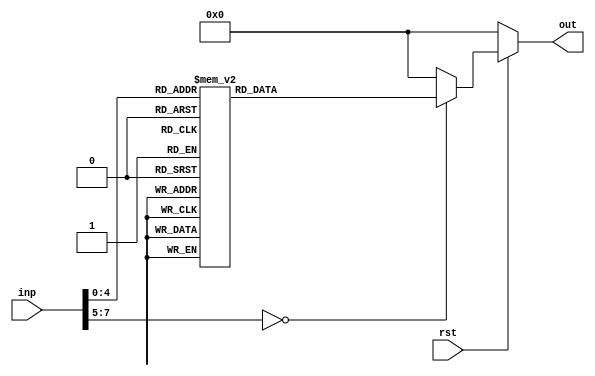
module ProcessInp(out, inp, rst);
input         [7:0]inp;
input              rst;
output        [7:0]out;
reg           [7:0]out;

always @(inp or rst)
begin
if(rst==0)
begin
out<=0;
end
else
begin
case(inp)
8'd1:out<=8'd0;
8'd2:out<=8'd8;
8'd3:out<=8'd16;
8'd4:out<=8'd24;
8'd5:out<=8'd32;
8'd6:out<=8'd40;
8'd7:out<=8'd48;
8'd8:out<=8'd56;
8'd9:out<=8'd64;
8'd10:out<=8'd72;
8'd11:out<=8'd80;
8'd12:out<=8'd88;
8'd13:out<=8'd96;
8'd14:out<=8'd104;
8'd15:out<=8'd112;
8'd16:out<=8'd120;
8'd17:out<=8'd128;
8'd18:out<=8'd136;
8'd19:out<=8'd144;
8'd20:out<=8'd152;
default:out<=0;
endcase
end
end
endmodule